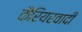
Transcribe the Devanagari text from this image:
कैरियरवादी